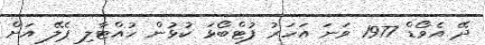
ދޭ އެވޯޑް 1977 ވަނަ އަހަރު ފުޓްބޯޅަ ކުޅުން ހުއްޓާލި ޕެލޭ އަށް